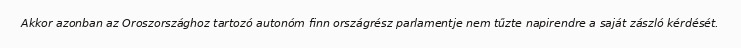
Akkor azonban az Oroszországhoz tartozó autonóm finn országrész parlamentje nem tűzte napirendre a saját zászló kérdését.